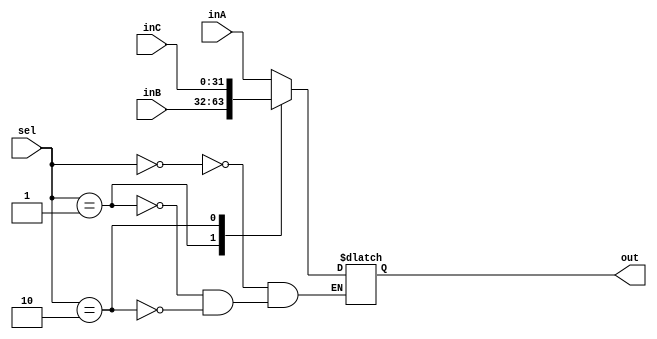
`timescale 1ns / 1ps
//////////////////////////////////////////////////////////////////////////////////
// Company: 
// Engineer: 
// 
// Design Name: 
// Module Name: Mux32Bit3To1
// Project Name: 
// Target Devices: 
// Tool Versions: 
// Description: 
// 
// Dependencies: 
// 
// Revision:
// Revision 0.01 - File Created
// Additional Comments:
// 
//////////////////////////////////////////////////////////////////////////////////


module Mux32Bit3To1(out, inA, inB, inC, sel);
    input [31:0] inA, inB, inC;
    input [1:0] sel;
    output reg [31:0] out;
    
    always@(inA, inB, inC, sel) begin
        case(sel)
            2'b00: out <= inA;
            2'b01: out <= inB;
            2'b10: out <= inC;
        endcase
    end
endmodule